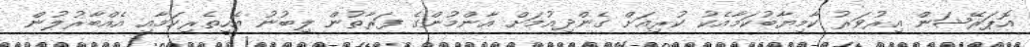
އޮޕަރޭޝަން އިރުވަރު ކާމިޔާބުކަމާއެކު ކުރިއަށް ގެންދިއުމަށް އާންމުންގެ ފަރާތުން ލިބުނު އެހީތެރިކަމާއި އެއްބާރުލުން